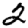
Digit: 2